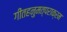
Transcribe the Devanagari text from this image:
गीतहनुमत्पराक्रम